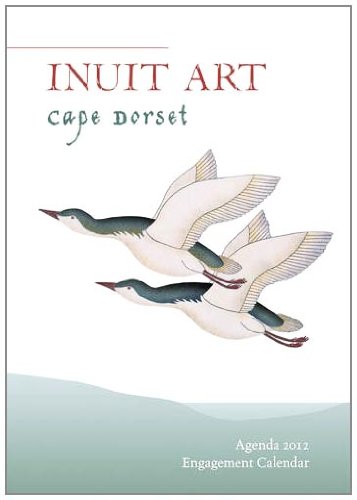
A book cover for Inuit Art: Cape Dorset Calendrier 2012 Calendar; Cape Dorset; Calendars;